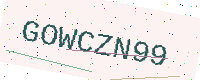
Text: GOWCZN99